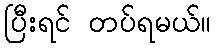
ပြီးရင် တပ်ရမယ်။